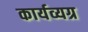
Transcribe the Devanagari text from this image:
कार्यव्यग्र